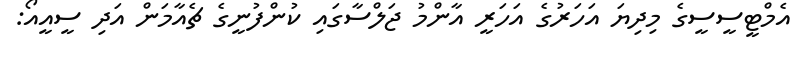
އެމްޓީސީސީގެ މިދިޔަ އަހަރުގެ އަހަރީ އާންމު ޖަލްސާގައި ކުންފުނީގެ ޗެއާމަން އަދި ސީއީއޯ: